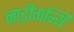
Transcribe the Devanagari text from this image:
नाड़ीगन्थि